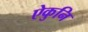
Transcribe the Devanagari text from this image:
ऐकुनि